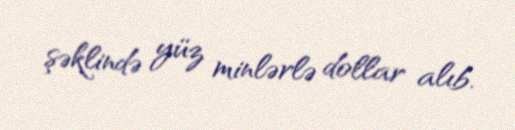
şəklində yüz minlərlə dollar alıb.